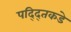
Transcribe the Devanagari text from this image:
पद्द्तिकडे